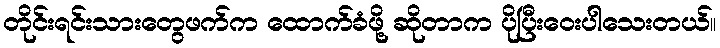
တိုင်းရင်းသားတွေဖက်က ထောက်ခံဖို့ ဆိုတာက ပိုပြီးဝေးပါသေးတယ်။